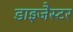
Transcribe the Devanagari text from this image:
डाइजैस्टर